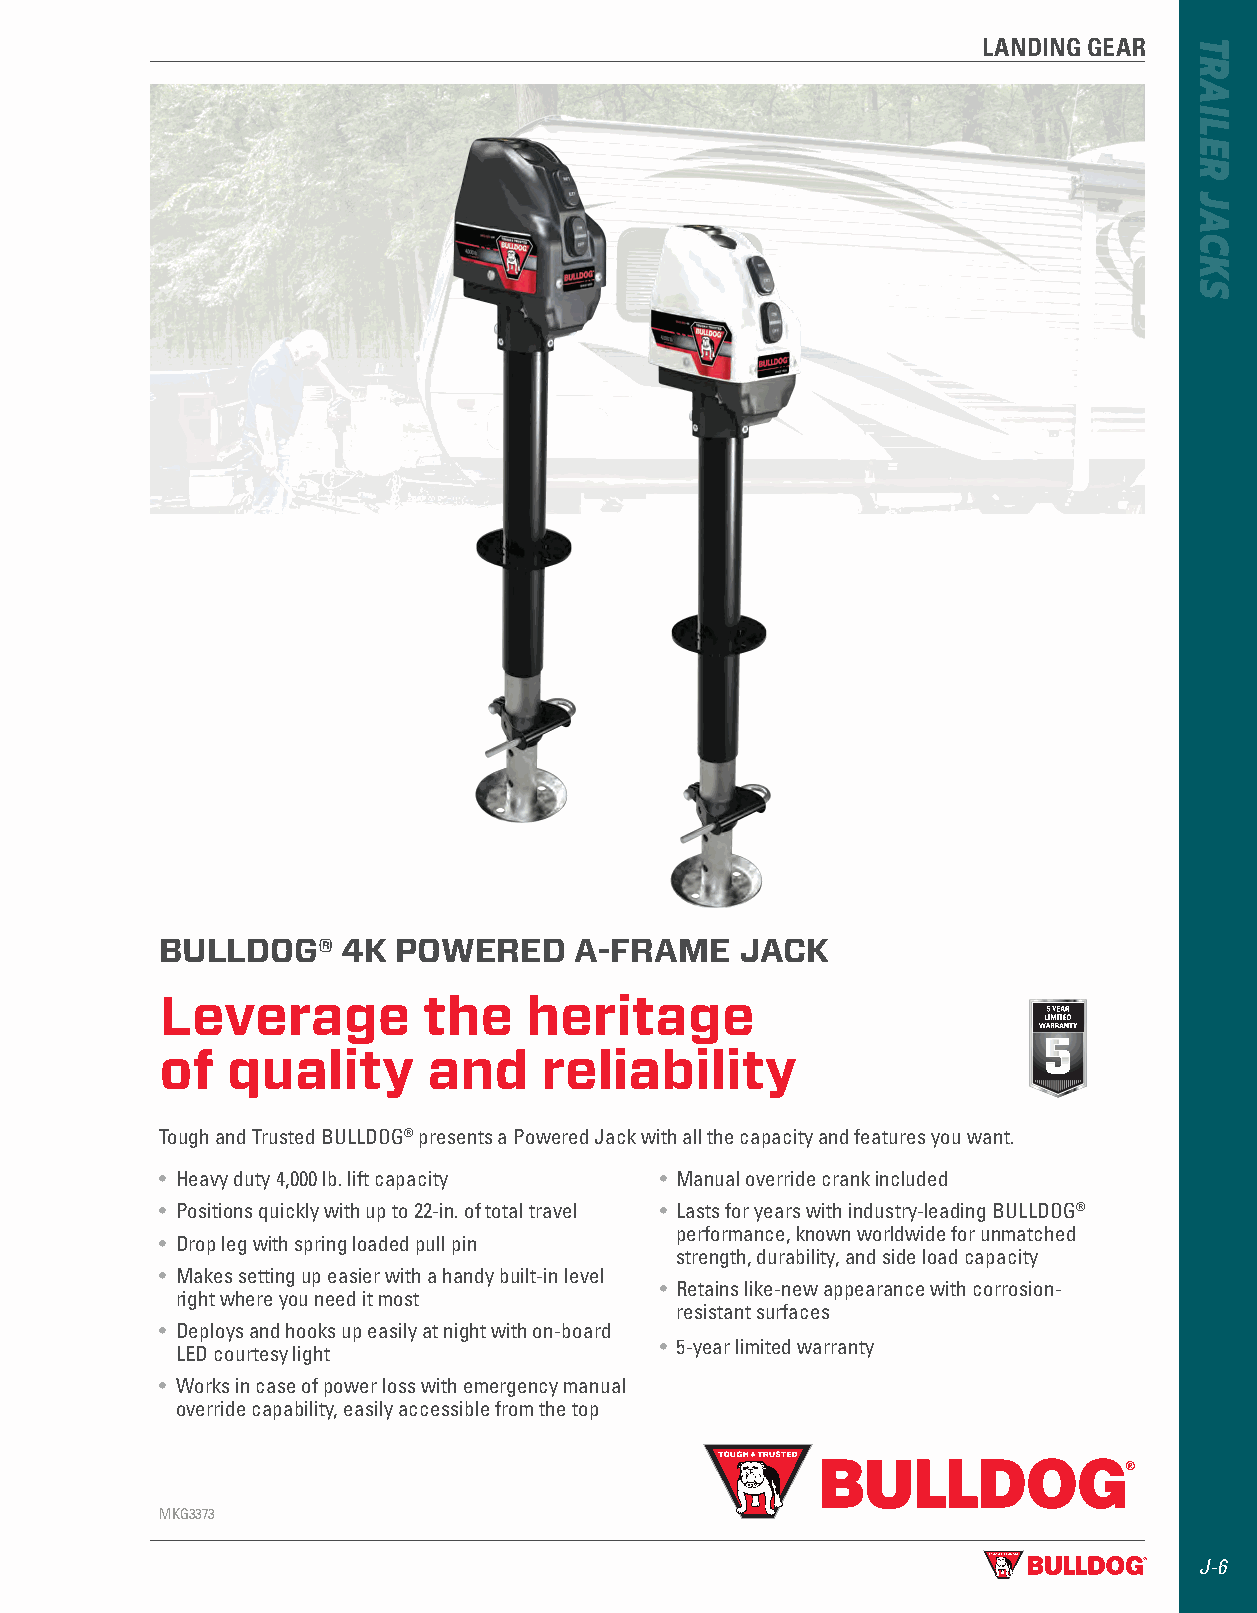
LANDING GEAR
 BULLDOG®    4K POWERED     A-FRAME    JACK
 Leverage         the    heritage
 of  quality      and     reliability
 Tough and Trusted BULLDOG® presents a Powered Jack with all the capacity and features you want.
 • Heavy duty 4,000 lb. lift capacity • Manual override crank included
 • Positions quickly with up to 22-in. of total travel • Lasts for years with industry-leading BULLDOG®
 performance, known worldwide for unmatched
 • Drop leg with spring loaded pull pin
 strength, durability, and side load capacity
 • Makes setting up easier with a handy built-in level
 • Retains like-new appearance with corrosion-
 right where you need it most
 resistant surfaces
 • Deploys and hooks up easily at night with on-board
 • 5-year limited warranty
 LED courtesy light
 • Works in case of power loss with emergency manual
 override capability, easily accessible from the top
 MKG3373
 J-6
 TRAILER
 JACKS